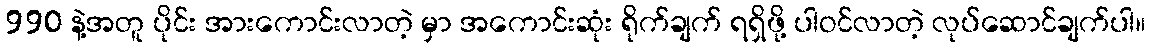
990 နဲ့အတူ ပိုင်း အားကောင်းလာတဲ့ မှာ အကောင်းဆုံး ရိုက်ချက် ရရှိဖို့ ပါဝင်လာတဲ့ လုပ်ဆောင်ချက်ပါ။